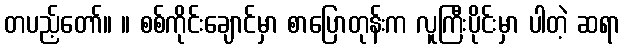
တပည့်တော်။ ။ စစ်ကိုင်းချောင်မှာ စာပြောတုန်းက လူကြီးပိုင်းမှာ ပါတဲ့ ဆရာ